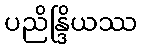
ပညိန္ဒြိယဿ